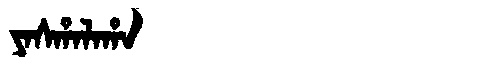
Manchu: ᠶᠠᠰᡥᠠᠯᠠᡥᠠ
Romanization: YASHALAHA